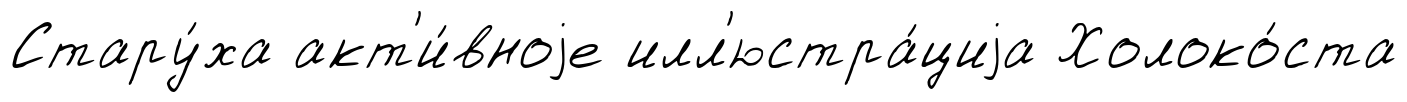
Стару́ха акт'и́вноjе илл'юстра́циjа Холоко́ста